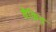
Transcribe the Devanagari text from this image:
मैकिड